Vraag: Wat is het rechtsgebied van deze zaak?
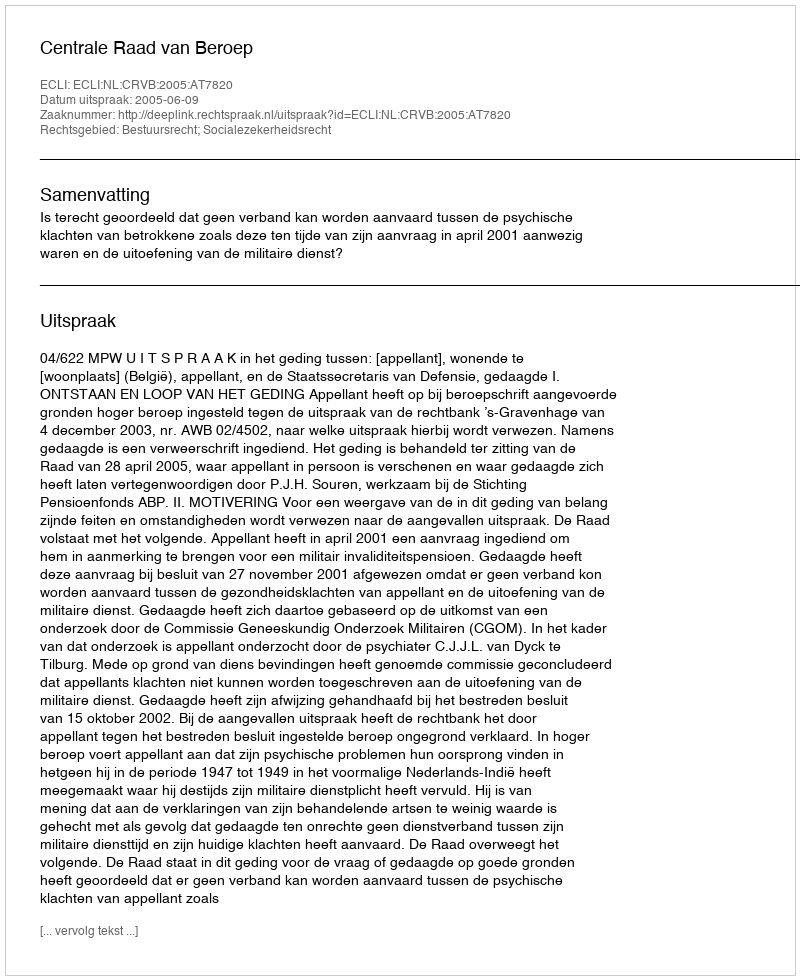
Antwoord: Bestuursrecht; Socialezekerheidsrecht